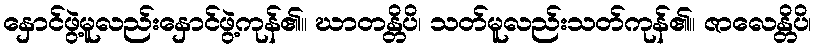
နှောင်ဖွဲ့မူလည်းနှောင်ဖွဲ့ကုန်၏။ ဃာတန္တိပိ၊ သတ်မူလည်းသတ်ကုန်၏။ ဇာလေန္တိပိ၊